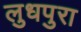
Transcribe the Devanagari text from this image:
लुधपुरा